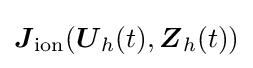
{\boldsymbol {J}}_{\text{ion}}({\boldsymbol {U}}_{h}(t),{\boldsymbol {Z}}_{h}(t))